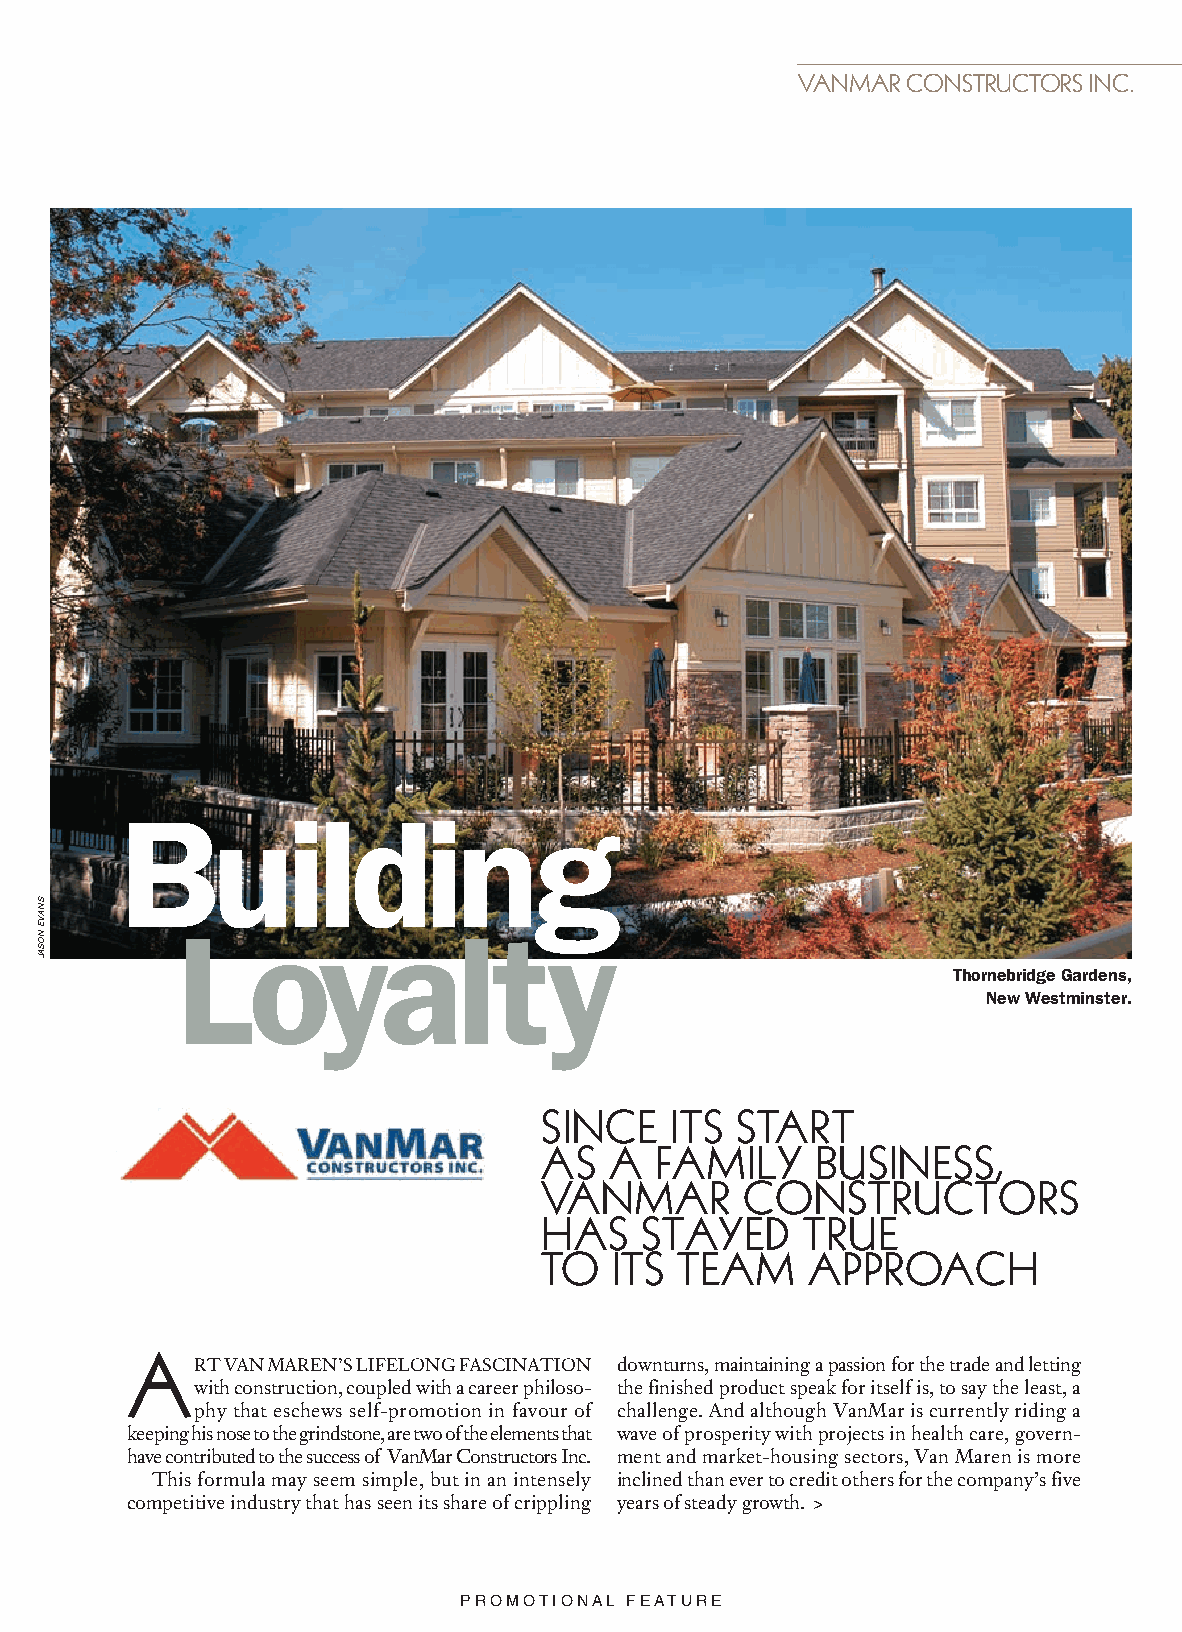
VANMAR CONSTRUCTORS INC.
 Building
 Loyalty
 Thornebridge Gardens,
 New Westminster.
 SINCE   ITS  START
 AS  A  FAMILY     BUSINESS,
 VANMAR       CONSTRUCTORS
 HAS   STAYED     TRUE
 TO  ITS  TEAM    APPROACH
 A
 RT VAN MAREN’S LIFELONG FASCINATION downturns, maintaining a passion for the trade and letting
 with construction, coupled with a career philoso- the finished product speak for itself is, to say the least, a
 phy that eschews self-promotion in favour of challenge. And although VanMar is currently riding a
 keeping his nose to the grindstone, are two of the elements that wave of prosperity with projects in health care, govern-
 have contributed to the success of VanMar Constructors Inc. ment and market-housing sectors, Van Maren is more
 This formula may seem simple, but in an intensely inclined than ever to credit others for the company’s five
 competitive industry that has seen its share of crippling years of steady growth. >
 PROMOTIONAL FEATURE
 Vanmar Constructors 1 4/9/08 2:11:53 PM VVaannMMaarr114422--115511..iinndddd 114433 44//2233//0088 1100::5577::4400 AAMM
 SNAVE
 NOSAJ